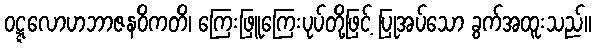
ဝဋ္ဋလောဟဘာဇနဝိကတိ၊ ကြေးဖြူကြေးပုပ်တို့ဖြင့် ပြုအပ်သော ခွက်အထူးသည်။